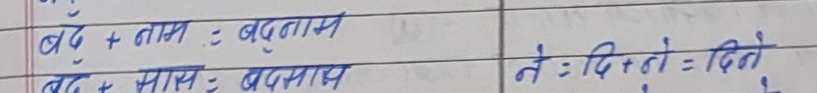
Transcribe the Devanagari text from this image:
बढ् + नाम : बद्‌नाम
बद - मास : बदमास
ने : दि+ ने = दिने